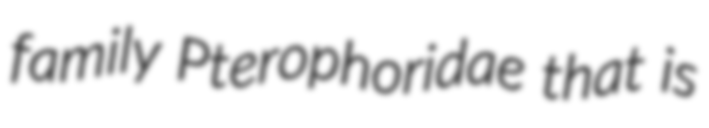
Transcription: family Pterophoridae that is